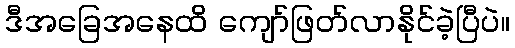
ဒီအခြေအနေထိ ကျော်ဖြတ်လာနိုင်ခဲ့ပြီပဲ။